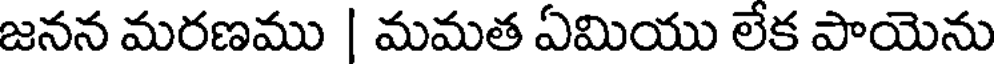
జనన మరణము | మమత ఏమియు లేక పాయెను